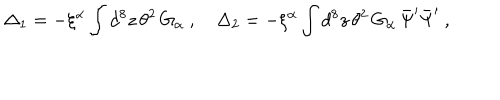
LaTeX: \Delta _ { 1 } = - \xi ^ { \alpha } \int d ^ { 8 } z \, \theta ^ { 2 } \, G _ { \alpha } \ , \quad \Delta _ { 2 } = - \xi ^ { \alpha } \int d ^ { 8 } z \, \theta ^ { 2 } \, G _ { \alpha } \, \bar { \Psi } ^ { \prime } \bar { \Psi } ^ { \prime } \ ,